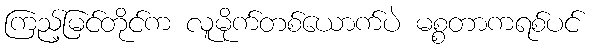
ကြည့်မြင်တိုင်က လူမိုက်တစ်ယောက်ပဲ မစ္စတာကရစ်ပင်